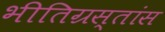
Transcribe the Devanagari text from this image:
भीतिग्रस्तांस